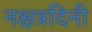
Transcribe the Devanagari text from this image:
नक्षत्रदिनी